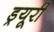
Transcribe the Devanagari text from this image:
ड्रयूरी